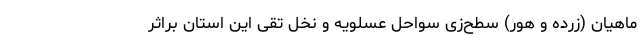
ماهیان (زرده و هور) سطح‌زی سواحل عسلویه و نخل تقی این استان براثر